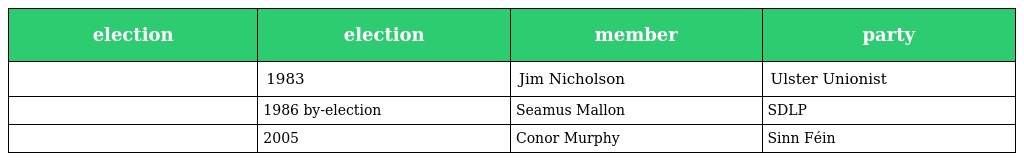
| election | election | member | party |
 | --- | --- | --- | --- |
 |  | 1983 | Jim Nicholson | Ulster Unionist |
 |  | 1986 by-election | Seamus Mallon | SDLP |
 |  | 2005 | Conor Murphy | Sinn Féin |